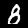
Label: 8